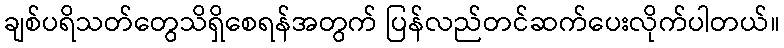
ချစ်ပရိသတ်တွေသိရှိစေရန်အတွက် ပြန်လည်တင်ဆက်ပေးလိုက်ပါတယ်။